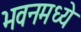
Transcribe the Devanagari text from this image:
भवनमध्ये